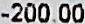
-200.00